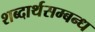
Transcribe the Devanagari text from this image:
शब्दार्थसम्बन्ध